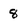
Character: 8